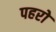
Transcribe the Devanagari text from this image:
पहरो